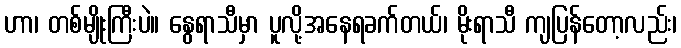
ဟာ၊ တစ်မျိုးကြီးပဲ။ နွေရာသီမှာ ပူလို့အနေရခက်တယ်၊ မိုးရာသီ ကျပြန်တော့လည်း၊